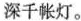
深千帐灯。